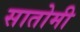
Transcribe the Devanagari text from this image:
सातोमी